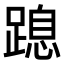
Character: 𨃡